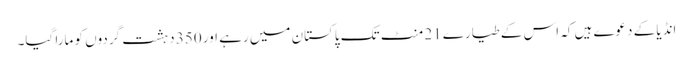
انڈیا کے دعوے ہیں کہ اس کے طیارے 21 منٹ تک پاکستان میں رہے اور 350 دہشت گردوں کو مارا گیا۔